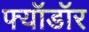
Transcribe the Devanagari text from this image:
फ्यॉडॉर